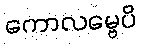
ကောလမ္ဗေပိ